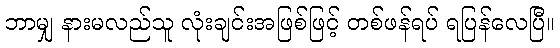
ဘာမျှ နားမလည်သူ လုံးချင်းအဖြစ်ဖြင့် တစ်ဖန်ရပ် ရပြန်လေပြီ။